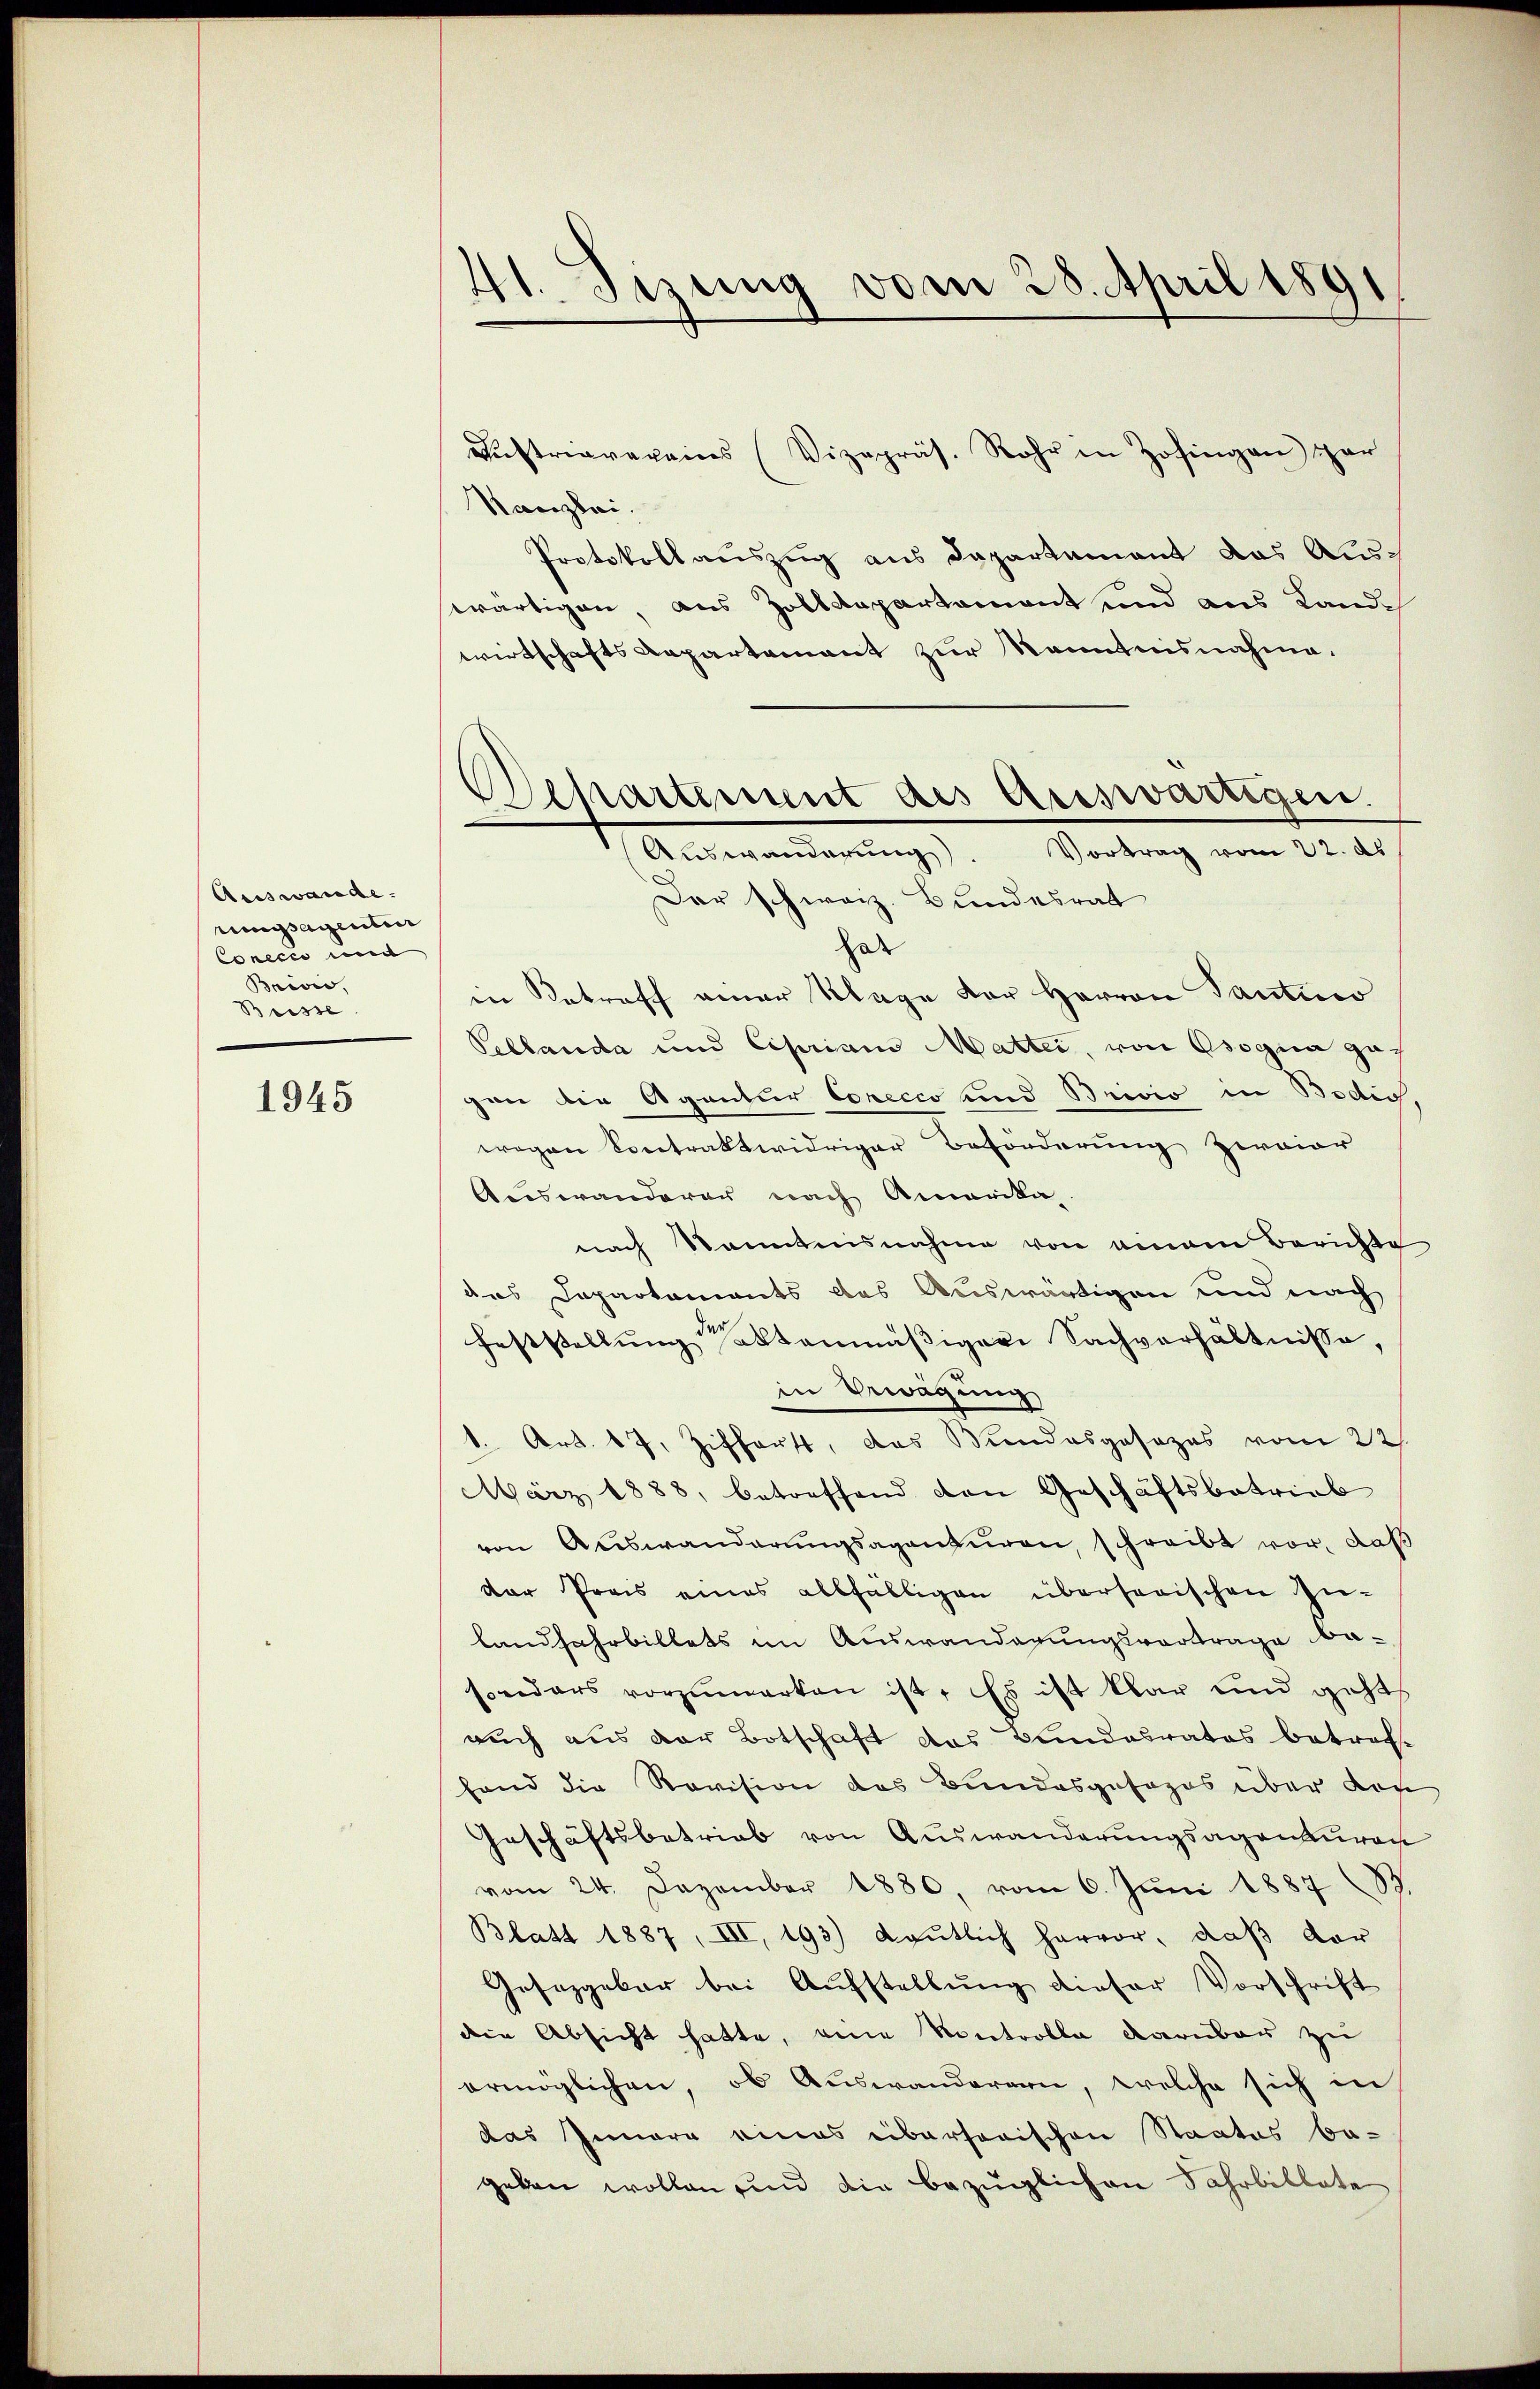
Auswande.
usagenter
Conccco mit
Bnivis,
Buisse.

1945

41. Sizung vom 28. April 1891

Aŭstriavereins (Vizepräs. Rohr in Zofingen gar
Kanzlei.
Protokollauszug aus Dapartement das Auswärtigen, aus Zolldepartamant und aus Landwirtschafts Repartement zur Kenntnisnahme.
Der schweiz. Bundesrat
har
in Betreff einer Klage der Herren Tantino
Peblanda und Ciprian Matter, von Osogna gaf
gen die Agentur Corecco und Brivio in Bodis,
wegen Contraktwidriger Beförderŭng zwaiar
Auswanderer nach Amerika-
nach kanntnisnahme von einem Berichte
das Departaments des Auswärtigen und nach
Feststellung hattenmäßiger Sachverhältnisse,
in Erwägung
1. Art. 17. Zifforst, das Bundesgesezes vom 22.
März 1888, betreffend von Geschäftsbetrieb
von Auswanderŭngsaganturen, schreibt vor, daß
der Preis eines allfälligen übersorischen Zu-
Landfahrbillets im Auswanderungsvortrage be-
sonders vorzumerken ist. Es ist klar und gehts
auch aus der Botschaft des Bundesrates betref-
fand die Revision des Bundesgesages über doc
Geschäftsbetrieb von Auswanderungsagenturan
vom 24. Dezember 1880, vom 6. Jŭni 1887 (83
Blatt 1887, III, 193) Laŭtlich hervor, daβ vor
Gesetzgebar bei Aufstellung dieser Vorschrift
den Absicht hatte, eine Kontrolle darüber zu
ermöglichen, ob Auswanderen, welche sich in
das Innere eines übersorischen Staates be-
geben wollen und die bezüglichen Jahrbillate

Separtement des Auswärtigen.
Auswanderung. Vortrag vom 22. ds